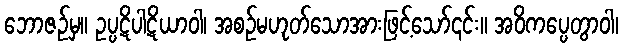
ဘောဇဉ်မှ။ ဥပ္ပဋိပါဋိယာဝါ၊ အစဉ်မဟုတ်သောအားဖြင့်သော်၎င်း။ အဝိကပ္ပေတွာဝါ၊